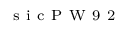
_ \mathrm { ~ s ~ i ~ c ~ P ~ W ~ 9 ~ 2 ~ }